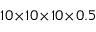
1 0 \! \times \! 1 0 \! \times \! 1 0 \! \times \! 0 . 5